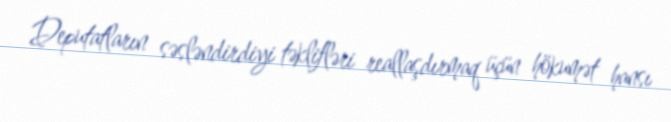
Deputatların səsləndirdiyi təklifləri reallaşdırmaq üçün hökumət hansı